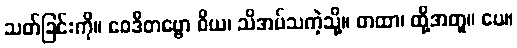
သတ်ခြင်းကို။ ဝေဒိတဗ္ဗော ဝိယ၊ သိအပ်သကဲ့သို့။ တထာ၊ ထို့အတူ။ ပေ။